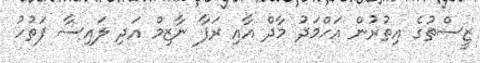
ޒީސްތުގެ އިތުރުން އަހްމަދު މާދް އާއި ރަފާ ނާޒިމް އަދި ލައިސާ ފަތުހު